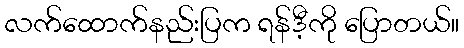
လက်ထောက်နည်းပြက ရန်ဒီ့ကို ပြောတယ်။